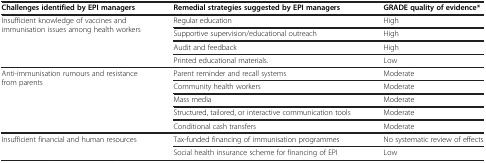
<table><thead><tr><td><b>Challenges identified by EPI managers</b></td><td><b>Remedial strategies suggested by EPI managers</b></td><td><b>GRADE quality of evidence*</b></td></tr></thead><tbody><tr><td>Insufficient knowledge of vaccines and immunisation issues among health workers</td><td>Regular education</td><td>High</td></tr><tr><td> </td><td>Supportive supervision/educational outreach</td><td>High</td></tr><tr><td> </td><td>Audit and feedback</td><td>High</td></tr><tr><td> </td><td>Printed educational materials.</td><td>Low</td></tr><tr><td>Anti-immunisation rumours and resistance from parents</td><td>Parent reminder and recall systems</td><td>Moderate</td></tr><tr><td> </td><td>Community health workers</td><td>Moderate</td></tr><tr><td> </td><td>Mass media</td><td>Moderate</td></tr><tr><td> </td><td>Structured, tailored, or interactive communication tools</td><td>Moderate</td></tr><tr><td> </td><td>Conditional cash transfers</td><td>Moderate</td></tr><tr><td>Insufficient financial and human resources</td><td>Tax-funded financing of immunisation programmes</td><td>No systematic review of effects</td></tr><tr><td> </td><td>Social health insurance scheme for financing of EPI</td><td>Low</td></tr></tbody></table>